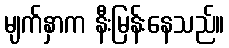
မျက်နှာက နီးမြန်းနေသည်။